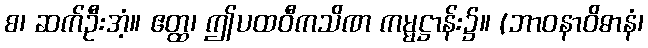
စ၊ ဆက်ဦးအံ့။ ဧတ္ထ၊ ဤပထဝီကသိဏ ကမ္မဋ္ဌာန်း၌။ (ဘာဝနာဝိဓာနံ၊